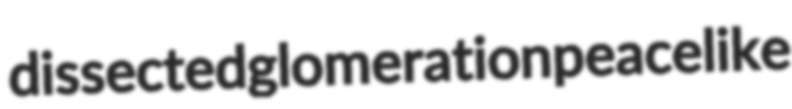
dissected glomeration peacelike